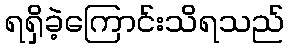
ရရှိခဲ့ကြောင်းသိရသည်